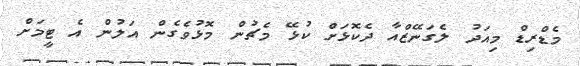
މެޑްރިޑް މިއަދު ލެގަނޭޒްއާ ދެކޮޅަށް ކުޅޭ މެޗުން މޮޅުވެގެން އަލުން އެ ޓީމަށް